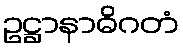
ဥဋ္ဌာနာဓိဂတံ